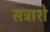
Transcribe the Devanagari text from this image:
सत्राशे